Vaccination in Bombay 1869-1873 - 1869-1873
Year: 1869
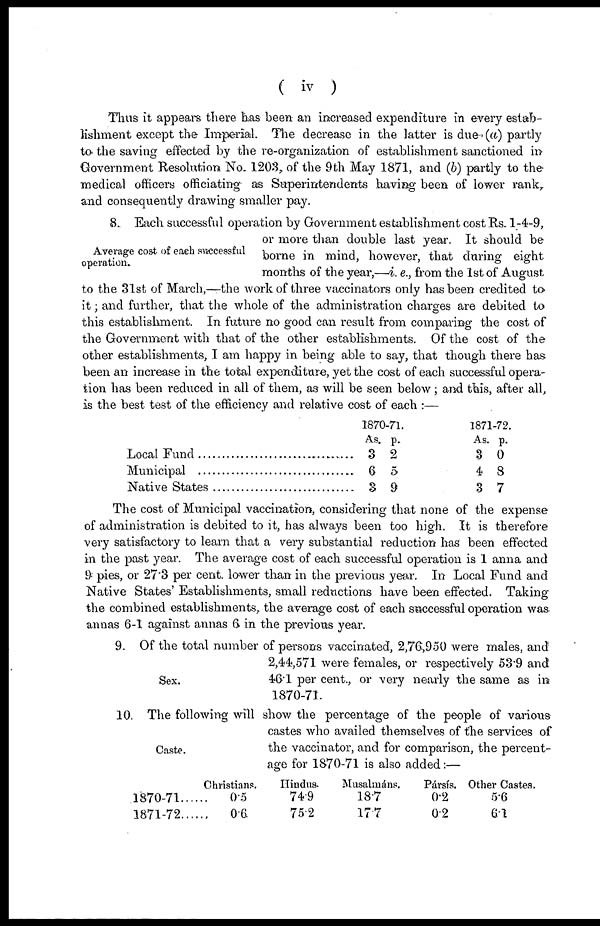
( iv )
Thus it appears there has been an increased expenditure in every estab-
lishment except the Imperial. The decrease in the latter is due (a) partly
to. the saving effected by the re-organization of establishment sanctioned in
Government Resolution No. 1203, of the 9th May 1871, and (b) partly to the
medical officers officiating as Superintendents having been of lower rank,
and consequently drawing smaller pay.
Average cost of each successful
operation.
8. Each successful operation by Government establishment cost Rs. 1-4-9,
or more than double last year. It should be
borne in mind, however, that during eight
months of the year,—i. e., from the 1st of August
to the 31st of March,—the work of three vaccinators only has been credited to
it; and further, that the whole of the administration charges are debited to
this establishment. In future no good can result from comparing the cost of
the Government with that of the other establishments. Of the cost of the
other establishments, I am happy in being able to say, that though there has
been an increase in the total expenditure, yet the cost of each successful opera-
tion has been reduced in all of them, as will be seen below ; and this, after all,
is the best test of the efficiency and relative cost of each :—
Local Fund .........................................
Municipal ...........................................
Native States ......................................
1870-71.
As.
3
6
3
p.
2
5
9
1871-72.
As.
3
4
3
p.
0
8
7
The cost of Municipal vaccination, considering that none of the expense
of administration is debited to it, has always been too high. It is therefore
very satisfactory to learn that a very substantial reduction has been effected
in the past year. The average cost of each successful operation is 1 anna and
9 pies, or 27.3 per cent. lower than in the previous year. In Local Fund and
Native States' Establishments, small reductions have been effected. Taking
the combined establishments, the average cost of each successful operation was
annas 6-1 against annas 6 in the previous year.
Sex.
9. Of the total number of persons vaccinated, 2,76,950 were males, and
2,44,571 were females, or respectively 53.9 and
46.1 per cent., or very nearly the same as in
1870-71.
Caste.
10. The following will show the percentage of the people of various
castes who availed themselves of the services of
the vaccinator, and for comparison, the percent-
age for 1870-71 is also added:—
1870-71....
1871-72....
Christians.
0.5
0.6
Hindus.
74.9
75.2
Musalmáns.
18.7
17.7
Pársís.
0.2
0.2
Other Castes.
5.6
6.1